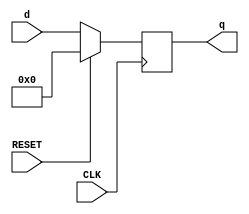
`timescale 1ns / 1ps
//////////////////////////////////////////////////////////////////////////////////
// Company:        San Diego State University
// 
// Design Name: 
// Module Name:    DFF 
// Project Name: 
// Target Devices: 
// Tool versions: 
// Description: 
//
// Dependencies: 
//
// Revision: 
// Revision 0.01 - File Created
// Additional Comments: 
// This program is free software: you can redistribute it and/or modify
// it under the terms of the GNU General Public License as published by
// the Free Software Foundation, either version 3 of the License, or
// (at your option) any later version.
//
// This program is distributed in the hope that it will be useful,
// but WITHOUT ANY WARRANTY; without even the implied warranty of
// MERCHANTABILITY or FITNESS FOR A PARTICULAR PURPOSE.  See the
// GNU General Public License for more details.
//
// You should have received a copy of the GNU General Public License
// along with this program.  
// If not, see <https://www.gnu.org/licenses/>
//////////////////////////////////////////////////////////////////////////////////
module DFF #(parameter BW = 9)
			(input  [BW-1:0]d,
			 input CLK,RESET,
			 output reg [BW-1:0] q);
		   
	always @(posedge CLK ) begin
	
		if (RESET)
			q <= 0;
		else
			q <= d;
	end
	
endmodule